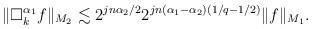
LaTeX: \begin{align*} \|\Box_k^{\alpha_1}f\|_{M_2} \lesssim 2^{jn\alpha_2/2}2^{jn(\alpha_1-\alpha_2)(1/q-1/2)}\|f\|_{M_1}. \end{align*}